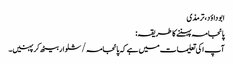
ابو داؤد، ترمذی
پائجامہ پہننے کا طریقہ:
آپ ا کی تعلیمات میں ہے کہ پائجامہ /شلوار بیٹھ کرپہنیں۔